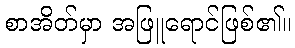
စာအိတ်မှာ အဖြူရောင်ဖြစ်၏။